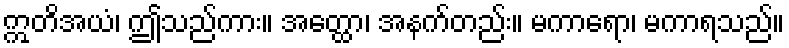
ဣတိအယံ၊ ဤသည်ကား။ အတ္ထော၊ အနက်တည်း။ မကာရော၊ မကာရသည်။